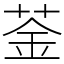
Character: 菳